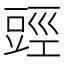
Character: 𧯬